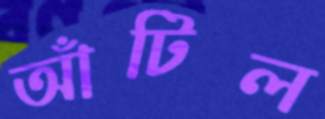
আঁটিল